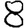
Digit: 8